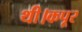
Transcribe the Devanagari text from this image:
थी।कपूर